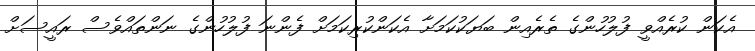
އެކަން ކުރެއްވީ ފުލުހުންގެ ތެރެއިން ބަޔަކުކަމަށާ އެކަންކުރިކަމަށް ފެންނަ ފުލުހުންގެ ނަންތައްވެެސް ރައީސަށް